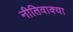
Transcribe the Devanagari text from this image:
नीतिवाक्या